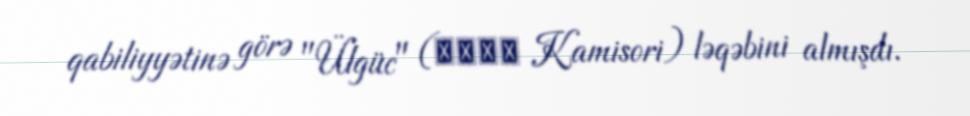
qabiliyyətinə görə "Ülgüc" (カミソリ Kamisori) ləqəbini almışdı.